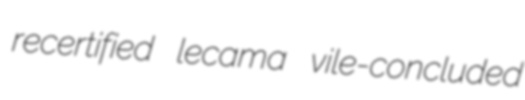
recertified lecama vile-concluded